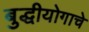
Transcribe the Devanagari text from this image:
बुद्धीयोगाचे